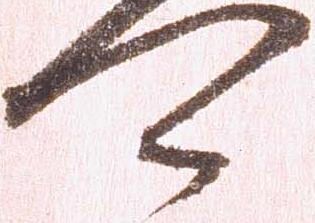
可